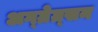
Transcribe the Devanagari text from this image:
अग्ग्रेग्र्सन